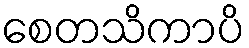
စေတသိကာပိ